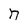
Character: n